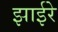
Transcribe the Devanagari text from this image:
झाईरे